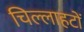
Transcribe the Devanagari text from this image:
चिल्लाहटों